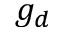
g _ { d }